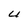
Character: U